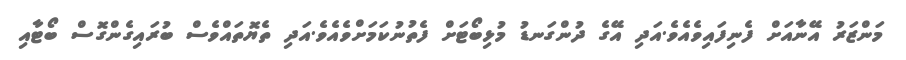
މަންޒަރު އޭނާއަށް ފެނިފައިވެއެވެ.އަދި އޭގެ ދުންގަނޑު މުޅިބޯޓަށް ފެތުނުކަމަށްވެއެވެ.އަދި ތެޔޮތައްވެސް ބުރައިގެންގޮސް ބޯޓާއި